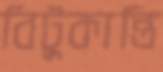
বিটুকান্তি